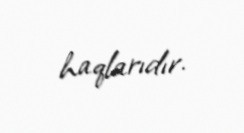
haqlarıdır.